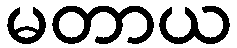
မတာယ